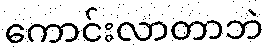
ကောင်းလာတာဘဲ